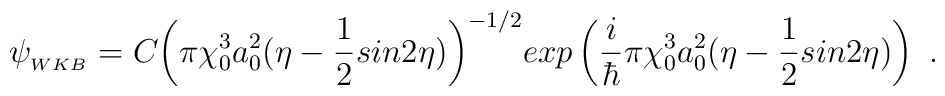
\psi_{_{WKB}} = C {\left( \pi \chi_{0}^{3} a_{0}^{2}(\eta - \frac{1}{2}sin{2\eta} ) \right) }^{-1/2}exp \left( \frac{i}{\hbar} \pi \chi_{0}^{3} a_{0}^{2}(\eta - \frac{1}{2}          sin{2\eta} ) \right) ~.